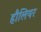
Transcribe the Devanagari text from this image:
हौलियर